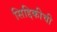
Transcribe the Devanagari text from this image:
सिद्दिकीची